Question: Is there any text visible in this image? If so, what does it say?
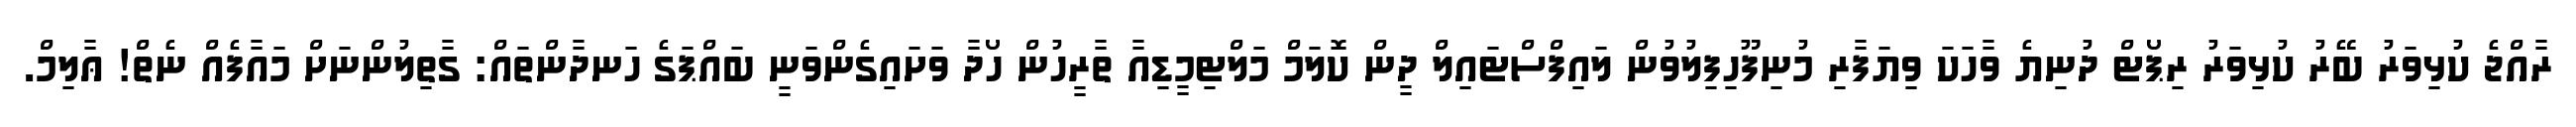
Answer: ރާއްޖެ ކުޅިވަރު ބޭރު ކުޅިވަރު ރިޕޯޓް ދުނިޔެ ވާހަކަ ވިޔަފާރި މުނިފޫހިފިލުވުން ލައިފްސްޓައިލް ދީން ކޮލަމް މަލްޓިމީޑިއާ ތާރީހުން ހޯދާ ވަށައިގެންވަނީ ބައްޕަގެ ހަނދާންތައް: ގާތިލުންނަށް މައާފެއް ނެތް! ޢާލިމް.